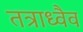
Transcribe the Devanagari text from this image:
तत्राध्वैव